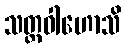
သတ္ထဝါဟောသိ